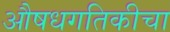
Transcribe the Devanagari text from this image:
औषधगतिकीचा